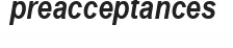
preacceptances